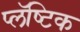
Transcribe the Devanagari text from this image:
प्लॅष्टिक